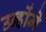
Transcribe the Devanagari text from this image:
उन्होंमे